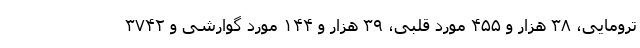
ترومایی، ۳۸ هزار و ۴۵۵ مورد قلبی، ۳۹ هزار و ۱۴۴ مورد گوارشی و ۳۷۴۲